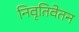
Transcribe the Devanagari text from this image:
निवृतिवेतन